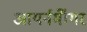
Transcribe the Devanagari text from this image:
आयर्नमॉँगर